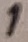
Text: 1